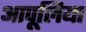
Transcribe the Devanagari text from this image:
आपूलिया